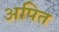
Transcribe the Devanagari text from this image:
अपित